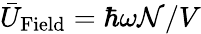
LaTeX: \bar{U}_{\mathrm{Field}}=\hbar\omega{\mathcal N}/V